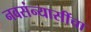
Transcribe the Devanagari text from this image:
नवसंन्यासींचा